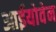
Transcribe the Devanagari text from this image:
आईयोवेन